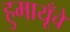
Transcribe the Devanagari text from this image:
हुमायूँचे